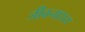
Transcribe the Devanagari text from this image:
जीवनाशय